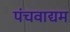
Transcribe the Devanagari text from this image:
पंचवाद्यम